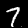
Digit: 7